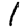
Digit: 1